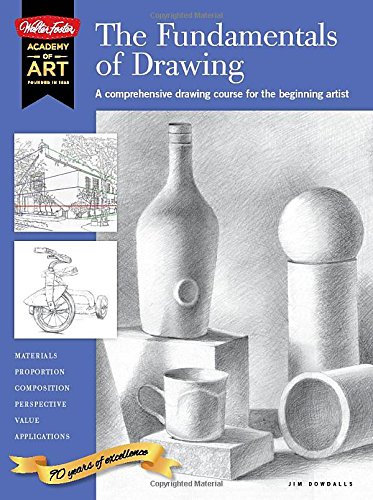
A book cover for The Fundamentals of Drawing: A comprehensive drawing course for the beginning artist (Academy of Art); Jim Dowdalls; Arts & Photography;